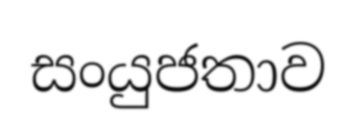
සංයුජතාව